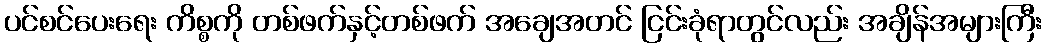
ပင်စင်ပေးရေး ကိစ္စကို တစ်ဖက်နှင့်တစ်ဖက် အချေအတင် ငြင်းခုံရာတွင်လည်း အချိန်အများကြီး